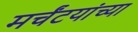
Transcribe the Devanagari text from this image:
मर्चंटयांच्या